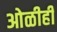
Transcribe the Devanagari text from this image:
ओळीही